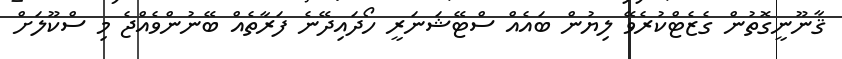
ޤާނޫނީގޮތުން ގެޒެޓްކުރެވޭ ލިޔުން ބައެއް ސްޓޭޝަނަރީ ހޯދައިދޭނެ ފަރާތެއް ބޭނުންވެއްޖެ މި ސްކޫލަށް